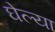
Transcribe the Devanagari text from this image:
घेल्या